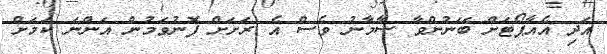
އަދި އެއާޕޯޓަށް ބޭނުންވާ ސާމާނު ވެސް އެ ރަށަށް ފޮނުވަމުން އަންނަ ކަމަށް